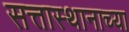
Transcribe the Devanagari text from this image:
सत्तास्थानाच्या